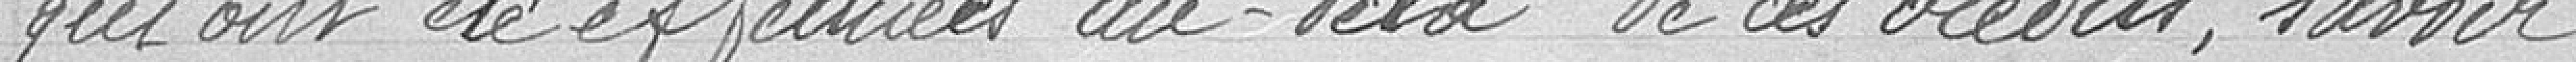
qui ont été effectuées au delà de ces crédits, savoir